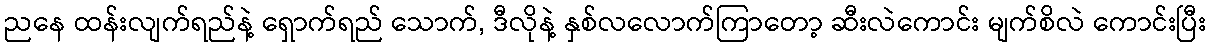
ညနေ ထန်းလျက်ရည်နဲ့ ရှောက်ရည် သောက်, ဒီလိုနဲ့ နှစ်လလောက်ကြာတော့ ဆီးလဲကောင်း မျက်စိလဲ ကောင်းပြီး